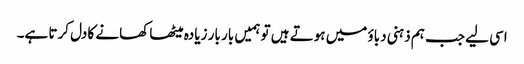
اسی لیے جب ہم ذہنی دباؤ میں ہوتے ہیں تو ہمیں بار بار زیادہ میٹھا کھانے کا دل کرتا ہے۔